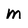
Character: m